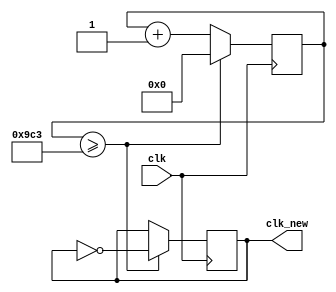
`timescale 1ns / 1ps
//////////////////////////////////////////////////////////////////////////////////
// Company: 
// Engineer: 
// 
// Design Name: 
// Module Name: clk_div
// Project Name: 
// Target Devices: 
// Tool Versions: 
// Description: 
// 
// Dependencies: 
// 
// Revision:
// Revision 0.01 - File Created
// Additional Comments:
// 
//////////////////////////////////////////////////////////////////////////////////


module clk_div(
    input clk,
    output reg clk_new
    );
    
    reg [11:0] count = 0;
    
    always @(posedge clk) begin
        clk_new <= (count >= 2499) ? ~clk_new : clk_new;
        count <= (count >= 2499) ? 0 : (count + 1);
    end
endmodule